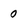
Character: 0